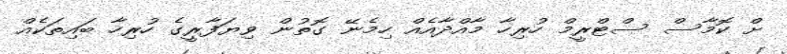
ށް ކޮމާސް ސްޓްރީމް ހުރިހާ މާއްދާއެއް ހިމެނޭ ގޮތުން ވިޔަފާރީގެ ހުރިހާ ބައިތަކެއް